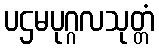
ပဌမပုဂ္ဂလသုတ္တံ